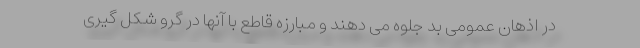
در اذهان عمومی بد جلوه می دهند و مبارزه قاطع با آنها در گرو شکل گیری